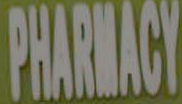
PHARMACY